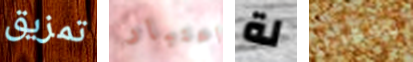
تمزيق اعتبار لة واقعيين